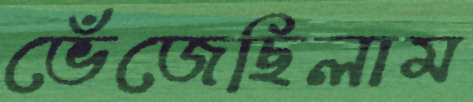
ভেঁজেছিলাম